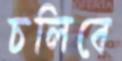
চলিবে